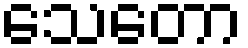
သေတော